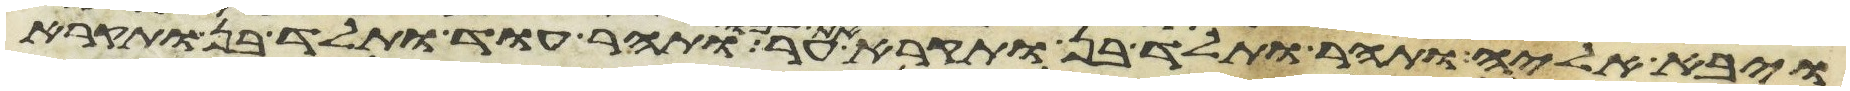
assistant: ויבא אליה ותהר ותלד בן ותקרא את שמו ער ותהר עוד ותלד בן ותקרא